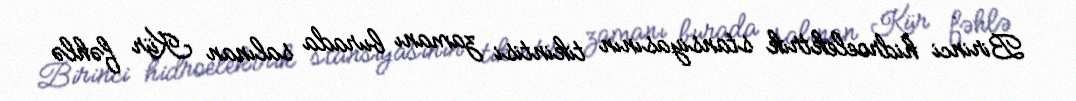
Birinci hidroelektrik stansiyasının tikintisi zamanı burada salınan Kür fəhlə